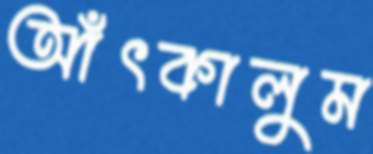
আঁৎকালুম